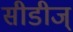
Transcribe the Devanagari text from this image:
सीडीज्